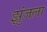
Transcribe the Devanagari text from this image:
झुंजला